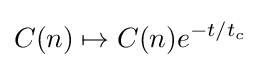
C(n)\mapsto C(n)e^{-t/t_{c}}